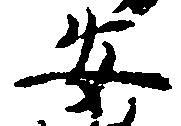
安